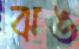
ঝঙ